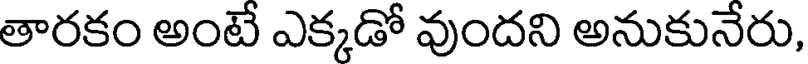
తారకం అంటే ఎక్కడో వుందని అనుకునేరు,